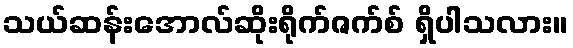
သယ်ဆန်းအောလ်ဆိုးရိုက်ဇက်စ် ရှိပါသလား။